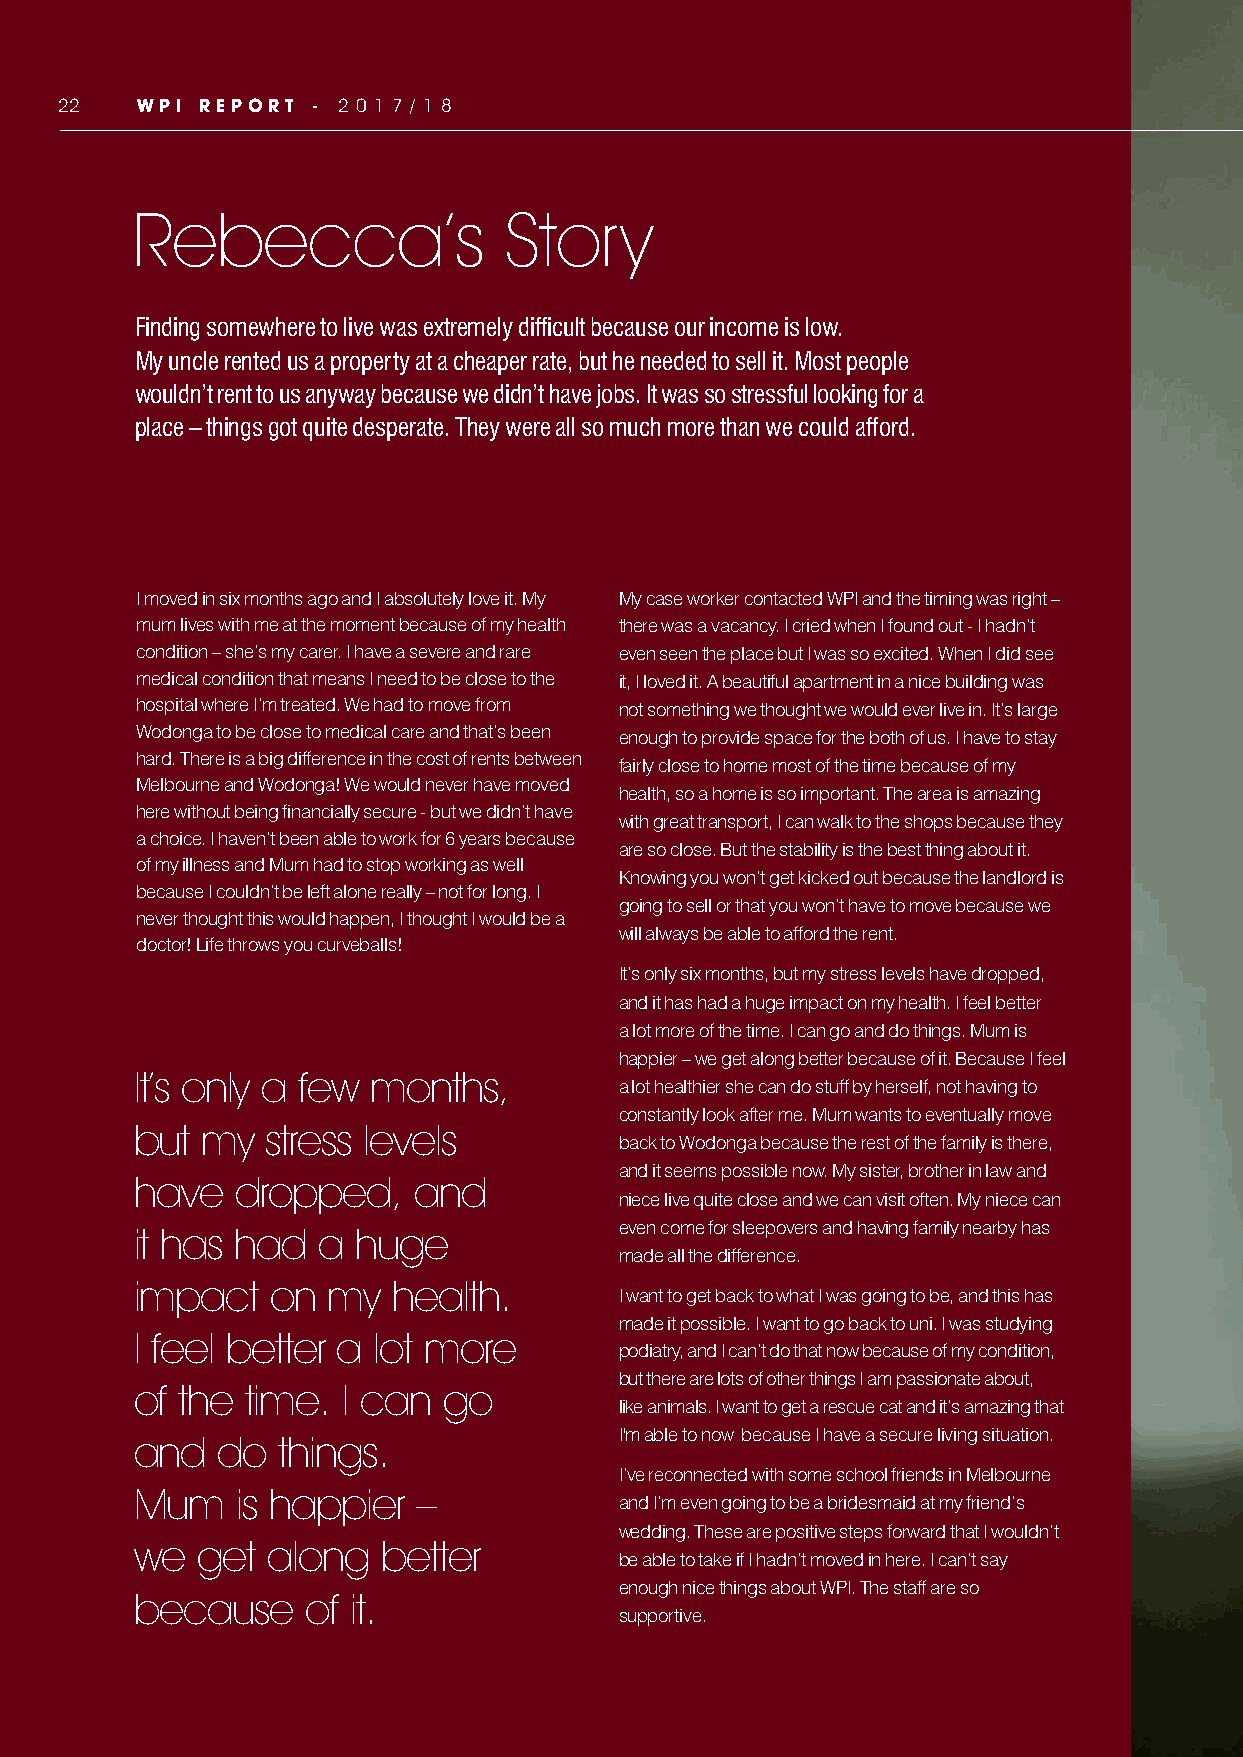
22   WPI REPORT  - 2 0 1 7 / 1 8
 Rebecca’s               Story
 Finding somewhere to live was extremely difficult because our income is low.
 My uncle rented us a property at a cheaper rate, but he needed to sell it. Most people
 wouldn’t rent to us anyway because we didn’t have jobs. It was so stressful looking for a
 place – things got quite desperate. They were all so much more than we could afford.
 I moved in six months ago and I absolutely love it. My My case worker contacted WPI and the timing was right –
 mum lives with me at the moment because of my health there was a vacancy. I cried when I found out - I hadn’t
 condition – she’s my carer. I have a severe and rare even seen the place but I was so excited. When I did see
 medical condition that means I need to be close to the it, I loved it. A beautiful apartment in a nice building was
 hospital where I’m treated. We had to move from not something we thought we would ever live in. It’s large
 Wodonga to be close to medical care and that’s been enough to provide space for the both of us. I have to stay
 hard. There is a big difference in the cost of rents between
 fairly close to home most of the time because of my
 Melbourne and Wodonga! We would never have moved
 health, so a home is so important. The area is amazing
 here without being financially secure - but we didn’t have
 with great transport, I can walk to the shops because they
 a choice. I haven’t been able to work for 6 years because
 are so close. But the stability is the best thing about it.
 of my illness and Mum had to stop working as well
 Knowing you won’t get kicked out because the landlord is
 because I couldn’t be left alone really – not for long. I
 going to sell or that you won’t have to move because we
 never thought this would happen, I thought I would be a
 will always be able to afford the rent.
 doctor! Life throws you curveballs!
 It’s only six months, but my stress levels have dropped,
 and it has had a huge impact on my health. I feel better
 a lot more of the time. I can go and do things. Mum is
 happier – we get along better because of it. Because I feel
 It’s only a few months,
 a lot healthier she can do stuff by herself, not having to
 constantly look after me. Mum wants to eventually move
 but my   stress levels
 back to Wodonga because the rest of the family is there,
 and it seems possible now. My sister, brother in law and
 have  dropped,    and
 niece live quite close and we can visit often. My niece can
 even come for sleepovers and having family nearby has
 it has had  a huge
 made all the difference.
 impact   on  my  health.
 I want to get back to what I was going to be, and this has
 made it possible. I want to go back to uni. I was studying
 I feel better a lot more
 podiatry, and I can’t do that now because of my condition,
 but there are lots of other things I am passionate about,
 of the time.  I can go
 like animals. I want to get a rescue cat and it’s amazing that
 I'm able to now because I have a secure living situation.
 and  do  things.
 I’ve reconnected with some school friends in Melbourne
 Mum    is happier –
 and I’m even going to be a bridesmaid at my friend’s
 wedding. These are positive steps forward that I wouldn’t
 we  get  along  better
 be able to take if I hadn’t moved in here. I can’t say
 enough nice things about WPI. The staff are so
 because    of it.
 supportive.